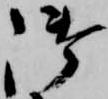
御